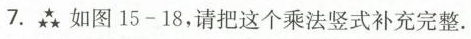
7.★★★如图15-18，请把这个乘法竖式补充完整.